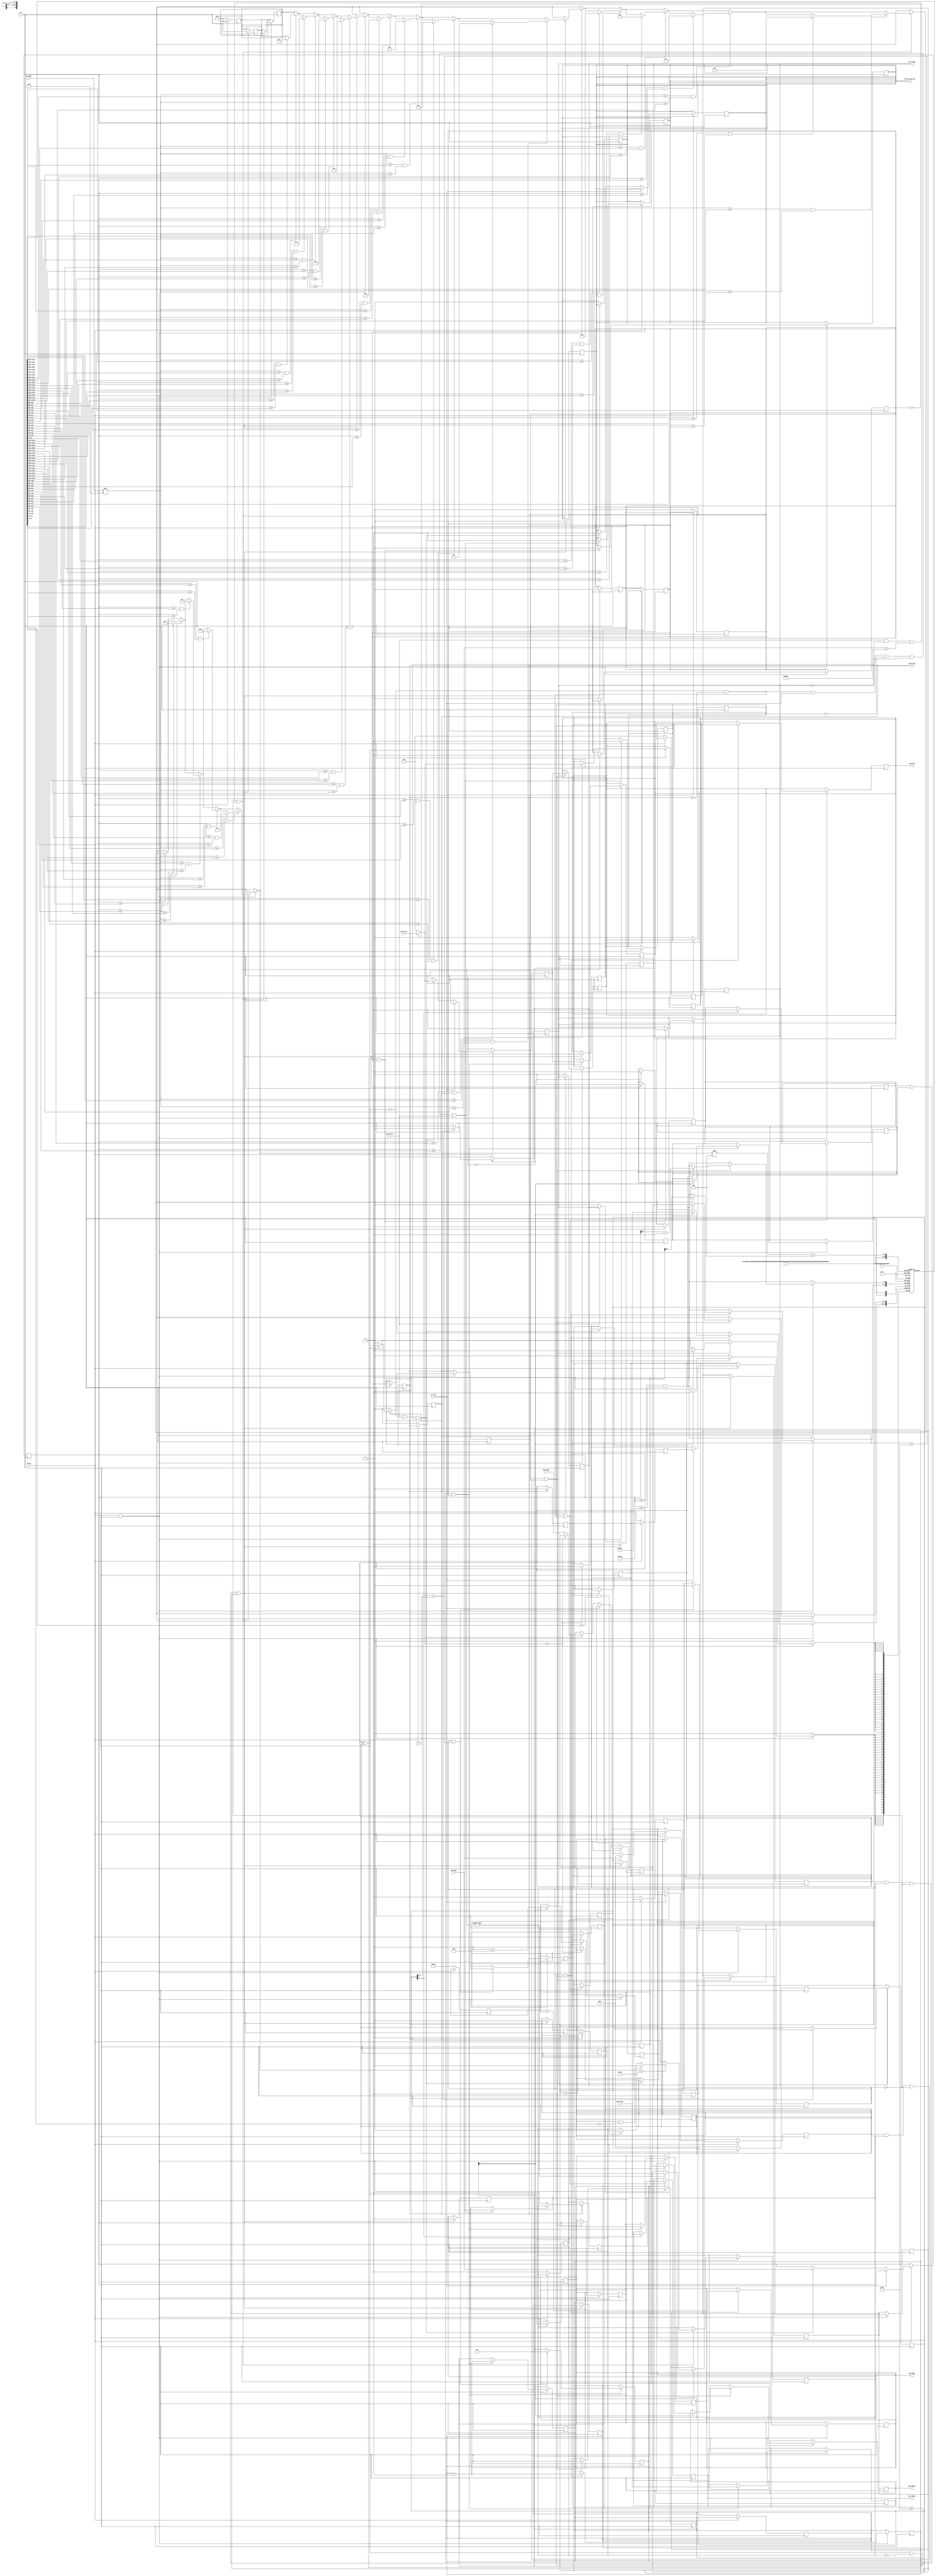
/*
 * pico -- memmpu
 *
 * MPU
 * mpu
 * 
 * mpu
 * 1)  
 * 2)  
 * 3)  , =
 * 4) memcache
 * notice: 0, 0
 *
 * mpu
 * code_start,code_end
 * data_start,data_end
 * access_control(31 xxxxxxxxxxxxxxxx_xxxxxxxxxxxxx_rwx 0) 
 *
 */
module mem_mpu #(
        parameter integer MEM_WORDS      = 1024,
        parameter integer DATA_WIDTH     = 32,
        
        parameter integer MPU_START_ADDR = 768,     // MPU
        parameter integer MPU_ITEM_NUM   = 16,      // MPU
        parameter integer MPU_ITEM_LEN   = 5        // MPU
    )(
        input wire clk,
        input wire resetn,              //0
        
    // cpu===================
        input wire is_inst,             //
        output reg inform_cpu_wait,     //cpu
        
        // 
        input wire [31:0] pc_addr,      //pcz
        
        // 
        output reg interrupt,           //1 
        
        // cpu
        input wire        cpu_valid,
        output reg        cpu_ready,
        input wire [21:0] cpu_addr,
        input wire [31:0] cpu_wdata,
        input wire [ 3:0] cpu_wstrb,
        output reg [31:0] cpu_rdata,
		
    // mem ===================
        // mem
		output reg [3:0]  mem_wen,		//
        output reg [21:0] mem_addr,     //22
        output reg [31:0] mem_wdata,    //32
        input wire [31:0] mem_rdata     //32
	);

    // mpu -> mem 
    wire [3:0]  mpu_mem_wen;
    assign mpu_mem_wen = (cpu_valid && !cpu_ready && cpu_addr < 4*MEM_WORDS) ? cpu_wstrb : 4'b0;
    
    // pc 
    wire [31:0] pc_word_addr;
    assign pc_word_addr = pc_addr/4; //pc
    
    // ===========================================
    reg do_read_inst;       // 
    reg do_read_data;       // 
    reg do_write_data;      // 
    
    reg do_read_inst_ok;    //  ok
    reg do_read_data_ok;    //  ok
    reg do_write_data_ok;   //  ok
    
    reg [2:0] temp_reg;     //
    
    wire is_data_op;        //
    assign is_data_op = do_read_data || do_write_data;
    
    // mpu cpu =================================
    reg [3:0]  mpu2mem_wen;
    reg [21:0] mpu2mem_addr;
    reg [31:0] mpu2mem_wdata;
    reg [31:0] mpu2mem_rdata;
    
    // mpu cache mem ====================================
    reg [3:0]  cache2mem_wen;		//
    reg [21:0] cache2mem_addr;     //22
    reg [1:0]  temp_count;
    
	// mpu cache  ======================================
    //  mem  mpu 
	reg [DATA_WIDTH-1:0] mpu_cache [0:MPU_ITEM_NUM*MPU_ITEM_LEN];  
	reg cache_need_mod;                             //  mpu cache 
    reg is_legal_accces;                            // ,
    reg [21:0] item_count;                          // cache
    reg judge_flag;
    integer i;                                      // cache
    integer fine_item;
    
    
    //  ===================================================
	always @(posedge clk) begin 
        if (!resetn) begin
            cache_need_mod <= 1'b1;
            is_legal_accces <= 1'b1;
            fine_item <= MPU_ITEM_NUM+1;
            judge_flag <=0;
            
            inform_cpu_wait <=0;
            cpu_ready <=0;
            temp_reg <= 0;
            
            do_read_inst <=0;
            do_read_data <=0;
            do_write_data<=0;
            
            interrupt <= 0;
           
            cache2mem_wen <= 4'b0000;
            cache2mem_addr <= MPU_START_ADDR;
            
            item_count<= 0;
            temp_count<= 0;
        end
	end
    
    // cpu ===========================================
    always @(posedge clk) begin
        if (!cpu_valid) begin
            cpu_ready <= 0;  
        end
        if (do_read_inst_ok || do_read_data_ok || do_write_data_ok) begin
            cpu_ready <= 1;             
            inform_cpu_wait<=0;
            do_read_inst <=0;
            do_read_data <= 0;
            do_write_data <=0;
            
            do_read_inst_ok <=0;
            do_read_data_ok <=0;
            do_write_data_ok <=0;
            
            is_legal_accces <= 1;
            fine_item <= MPU_ITEM_NUM+1;
            judge_flag <= 0;
            
            temp_reg <= 0;
            temp_count<= 0;
        end
    end
    
    // cpu_ready 
    always @(posedge clk) begin
        if(cpu_ready) begin
            temp_reg <= temp_reg+1;
            if (temp_reg[1:0] == 2'b11) begin
                cpu_ready <= 0;
                temp_reg <= 0;
            end
        end
    end
	
	//  ===============================================
	always @(posedge clk) begin
        if (resetn) begin
            if (!is_data_op && !interrupt && is_inst && do_read_inst==0 && !cpu_ready && cpu_valid) begin
                do_read_inst <= 1;
                inform_cpu_wait <=1;
                //
                mem_wen  <= mpu_mem_wen;
                mem_addr <= cpu_addr;
                temp_reg <= 0;
            end
        end
    end
    
    //--
    always @(posedge clk) begin
        if (!is_data_op && !interrupt && do_read_inst) begin
            temp_reg <= temp_reg+1;
            if (temp_reg[0:0]==1) begin
                do_read_inst_ok <= 1;
                cpu_rdata <= mem_rdata;
            end
        end
    end
    
    //  ===============================================
    always @(posedge clk) begin
        if (resetn) begin
            if (!is_inst) begin
                if(!is_data_op && cpu_valid && !cpu_ready) begin
                    //
                    if (mpu_mem_wen==4'b0000) begin
                        //
                        do_read_data <= 1;
                        inform_cpu_wait <=1;
                        
                        mpu2mem_wen <= mpu_mem_wen;
                        mpu2mem_addr <= cpu_addr;
                        mpu2mem_rdata <= mem_rdata;
                    end
                    else begin
                        //
                        do_write_data <= 1;
                        inform_cpu_wait <=1;
                        
                        mpu2mem_wen <= mpu_mem_wen;
                        mpu2mem_addr <= cpu_addr;
                        mpu2mem_wdata <= cpu_wdata;
                    end
                end
            end
        end
    end
    
    // mpu mpu cache
    always @(posedge clk) begin
        if (resetn && is_data_op) begin
            if (cache_need_mod && item_count<= MPU_ITEM_NUM * MPU_ITEM_LEN) begin
                mem_wen <= cache2mem_wen;
                mem_addr <= cache2mem_addr+item_count;
                temp_count <= temp_count+1;
                if (temp_count[0:0] == 1) begin
                    //
                    mpu_cache[item_count] <= mem_rdata;
                    item_count <= item_count+1;
                end
            end
        end
    end
    
    // cache 
    always @(posedge clk) begin
        if (resetn && is_data_op) begin
            if (cache_need_mod && item_count> MPU_ITEM_NUM * MPU_ITEM_LEN) begin
                cache_need_mod <= 0;
                item_count <= 0;
                temp_count <= 0;
            end
        end
    end
    
    //  ---- 
    always @(posedge clk) begin
        if (resetn && is_data_op) begin
            if (!cache_need_mod && !judge_flag) begin
                //search ok item
                for(i=0;i<MPU_ITEM_NUM;i=i+1) begin
                     //mpu_cache[0]
                    if(pc_word_addr>=mpu_cache[i*MPU_ITEM_LEN+1] && pc_word_addr<=mpu_cache[i*MPU_ITEM_LEN+2]) begin
                        //
                        if(mpu2mem_addr>=mpu_cache[i*MPU_ITEM_LEN+3] && mpu2mem_addr<=mpu_cache[i*MPU_ITEM_LEN+4]) begin
                            //
                            fine_item = i;   
                        end
                    end
                end
                //
                if(fine_item<MPU_ITEM_NUM) begin
                    if (do_read_data && mpu_cache[fine_item*MPU_ITEM_LEN+5][2:2]!=1'b1)
                        is_legal_accces <= 0;
                    if (do_write_data && mpu_cache[fine_item*MPU_ITEM_LEN+5][1:1]!=1'b1)
                        is_legal_accces <= 0;
                end
                else begin
                    is_legal_accces <= 0;
                end
                
                judge_flag <=1;
            end
        end
    end
    
    // --mpu
    always @(posedge clk) begin
        if (resetn && is_data_op) begin
            if(is_data_op && !is_legal_accces && judge_flag) begin
                //mem_donecpu
                interrupt <= 1;
                inform_cpu_wait <= 0;
                cpu_ready <= 1;
            end
        end
    end
    
    // mpu--
    always @(posedge clk) begin
        if (interrupt) begin
            //mpu
            do_read_data <=0;
            do_write_data <=0;
            if(!is_data_op) begin
                judge_flag <= 0;
                interrupt<=0;
                is_legal_accces <=1;
            end
        end
    end
    
    // 
    always @(posedge clk) begin
        if (resetn && is_data_op) begin
            if(do_read_data && is_legal_accces && !cache_need_mod && judge_flag) begin
                mem_wen <= mpu2mem_wen;
                mem_addr <= mpu2mem_addr;
                
                //
                cpu_rdata <= mem_rdata;
                
                temp_count <= temp_count+1;
                if(temp_count[0:0] == 1) begin
                    if(mpu2mem_wen == 4'b0000) begin
                        do_read_data_ok <= 1;
                    end
                end
            end
        end
    end
    
    // 
    always @(posedge clk) begin
        if (resetn && is_data_op) begin
            if(do_write_data && is_legal_accces && !cache_need_mod && judge_flag) begin
                //  ram
                mem_wen <= mpu2mem_wen;
                mem_addr <= mpu2mem_addr;

                temp_count <= temp_count+1;
                if(temp_count[0:0] == 1) begin
                    if(mpu2mem_wen != 4'b0000) begin
                        do_write_data_ok <= 1;
                        mem_wdata <= mpu2mem_wdata;
                    end
                end
                //  mpu_cache, cache
                if (MPU_START_ADDR<=mpu2mem_addr && mpu2mem_addr<= MPU_START_ADDR+MPU_ITEM_NUM*MPU_ITEM_LEN) begin
                    mpu_cache[mpu2mem_addr-MPU_START_ADDR] <= mpu2mem_wdata;
                end
            end
        end
    end
    
endmodule